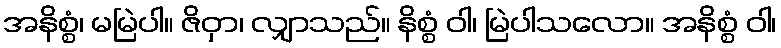
အနိစ္စံ၊ မမြဲပါ။ ဇိဝှာ၊ လျှာသည်။ နိစ္စံ ဝါ၊ မြဲပါသလော။ အနိစ္စံ ဝါ၊